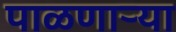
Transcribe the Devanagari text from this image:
पाळणार्‍या